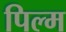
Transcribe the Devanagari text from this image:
पिल्म